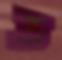
ত